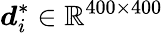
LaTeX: \boldsymbol{d}_{i}^{*}\in\mathbb{R}^{400\times 400}